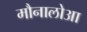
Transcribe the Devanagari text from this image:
मौनालोआ